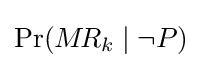
\Pr(M\!R_{k}\mid \lnot P)